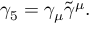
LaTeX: \gamma _ { 5 } = \gamma _ { \mu } \tilde { \gamma } ^ { \mu } .